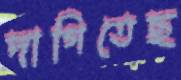
দাগিতেছ